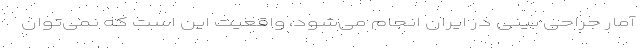
آمار جراحی بینی در ایران انجام می‌شود، واقعیت این است که نمی‌توان